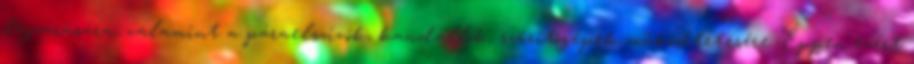
légzárására, valamint a páraelszívók, kandallók, szárítógépek működtetésére. Éppen ezért